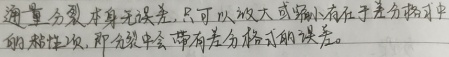
通量分裂本身无误差，只可以放大或缩小存在于差分格式中的粘性项，即分裂中会带有差分格式的误差。